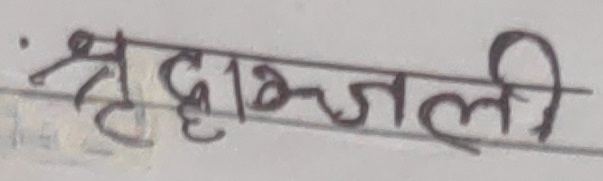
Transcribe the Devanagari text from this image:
श्रद्धाञ्जली